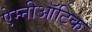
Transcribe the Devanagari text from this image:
ऐम्नीऑटिक